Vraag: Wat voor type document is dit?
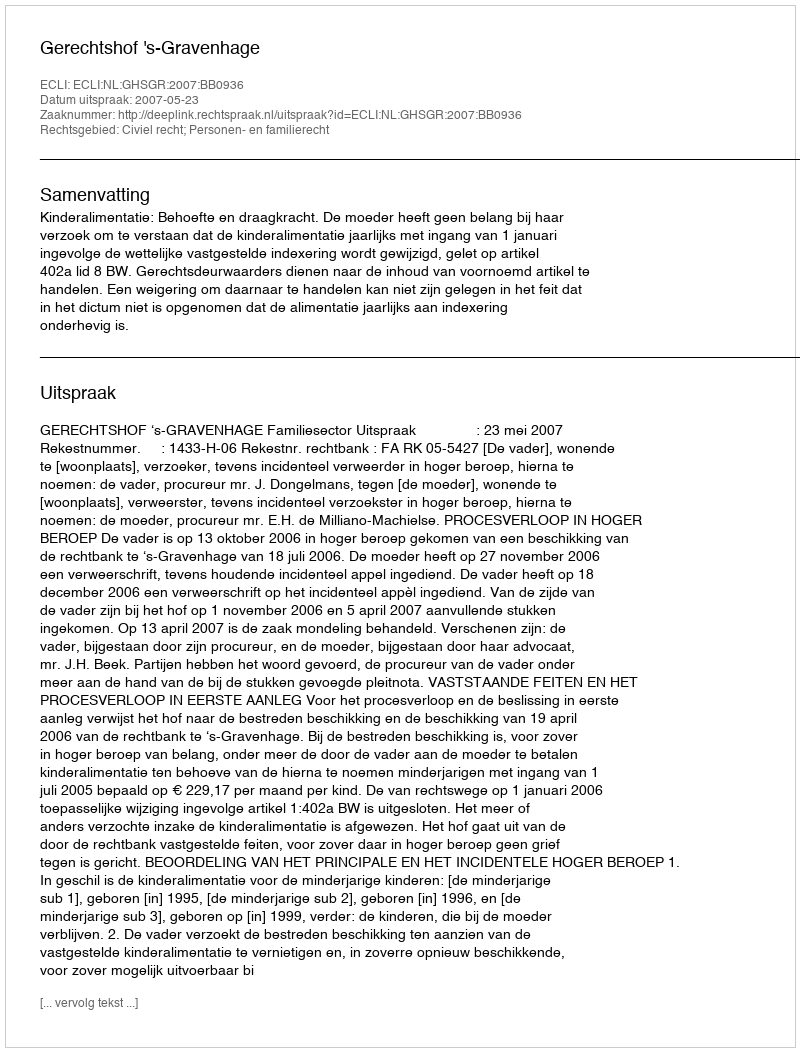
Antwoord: Uitspraak